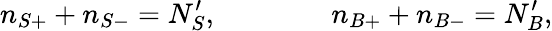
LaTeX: n_{S+}+n_{S-}=N_{S}^{\prime},\qquad\qquad n_{B+}+n_{B-}=N_{B}^{\prime},